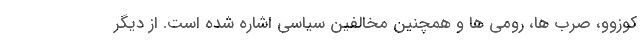
کوزوو، صرب ها، رومی ها و همچنین مخالفین سیاسی اشاره شده است. از دیگر